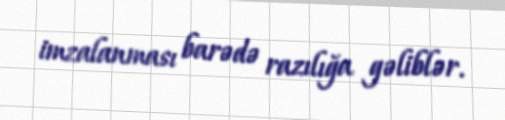
imzalanması barədə razılığa gəliblər.